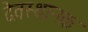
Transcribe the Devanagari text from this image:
देवस्थानक